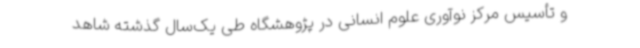
و تأسیس مرکز نوآوری علوم انسانی در پژوهشگاه طی یک‌سال گذشته شاهد